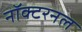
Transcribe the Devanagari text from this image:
नॉक्टरनल